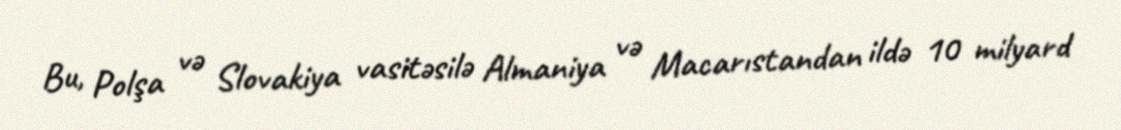
Bu, Polşa və Slovakiya vasitəsilə Almaniya və Macarıstandan ildə 10 milyard